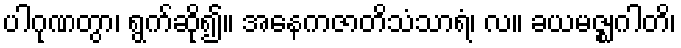
ပါဂုဏတွာ၊ ရွက်ဆို၍။ အနေကဇာတိသံသာရံ၊ လ။ ခယမဇ္ဈဂါတိ၊